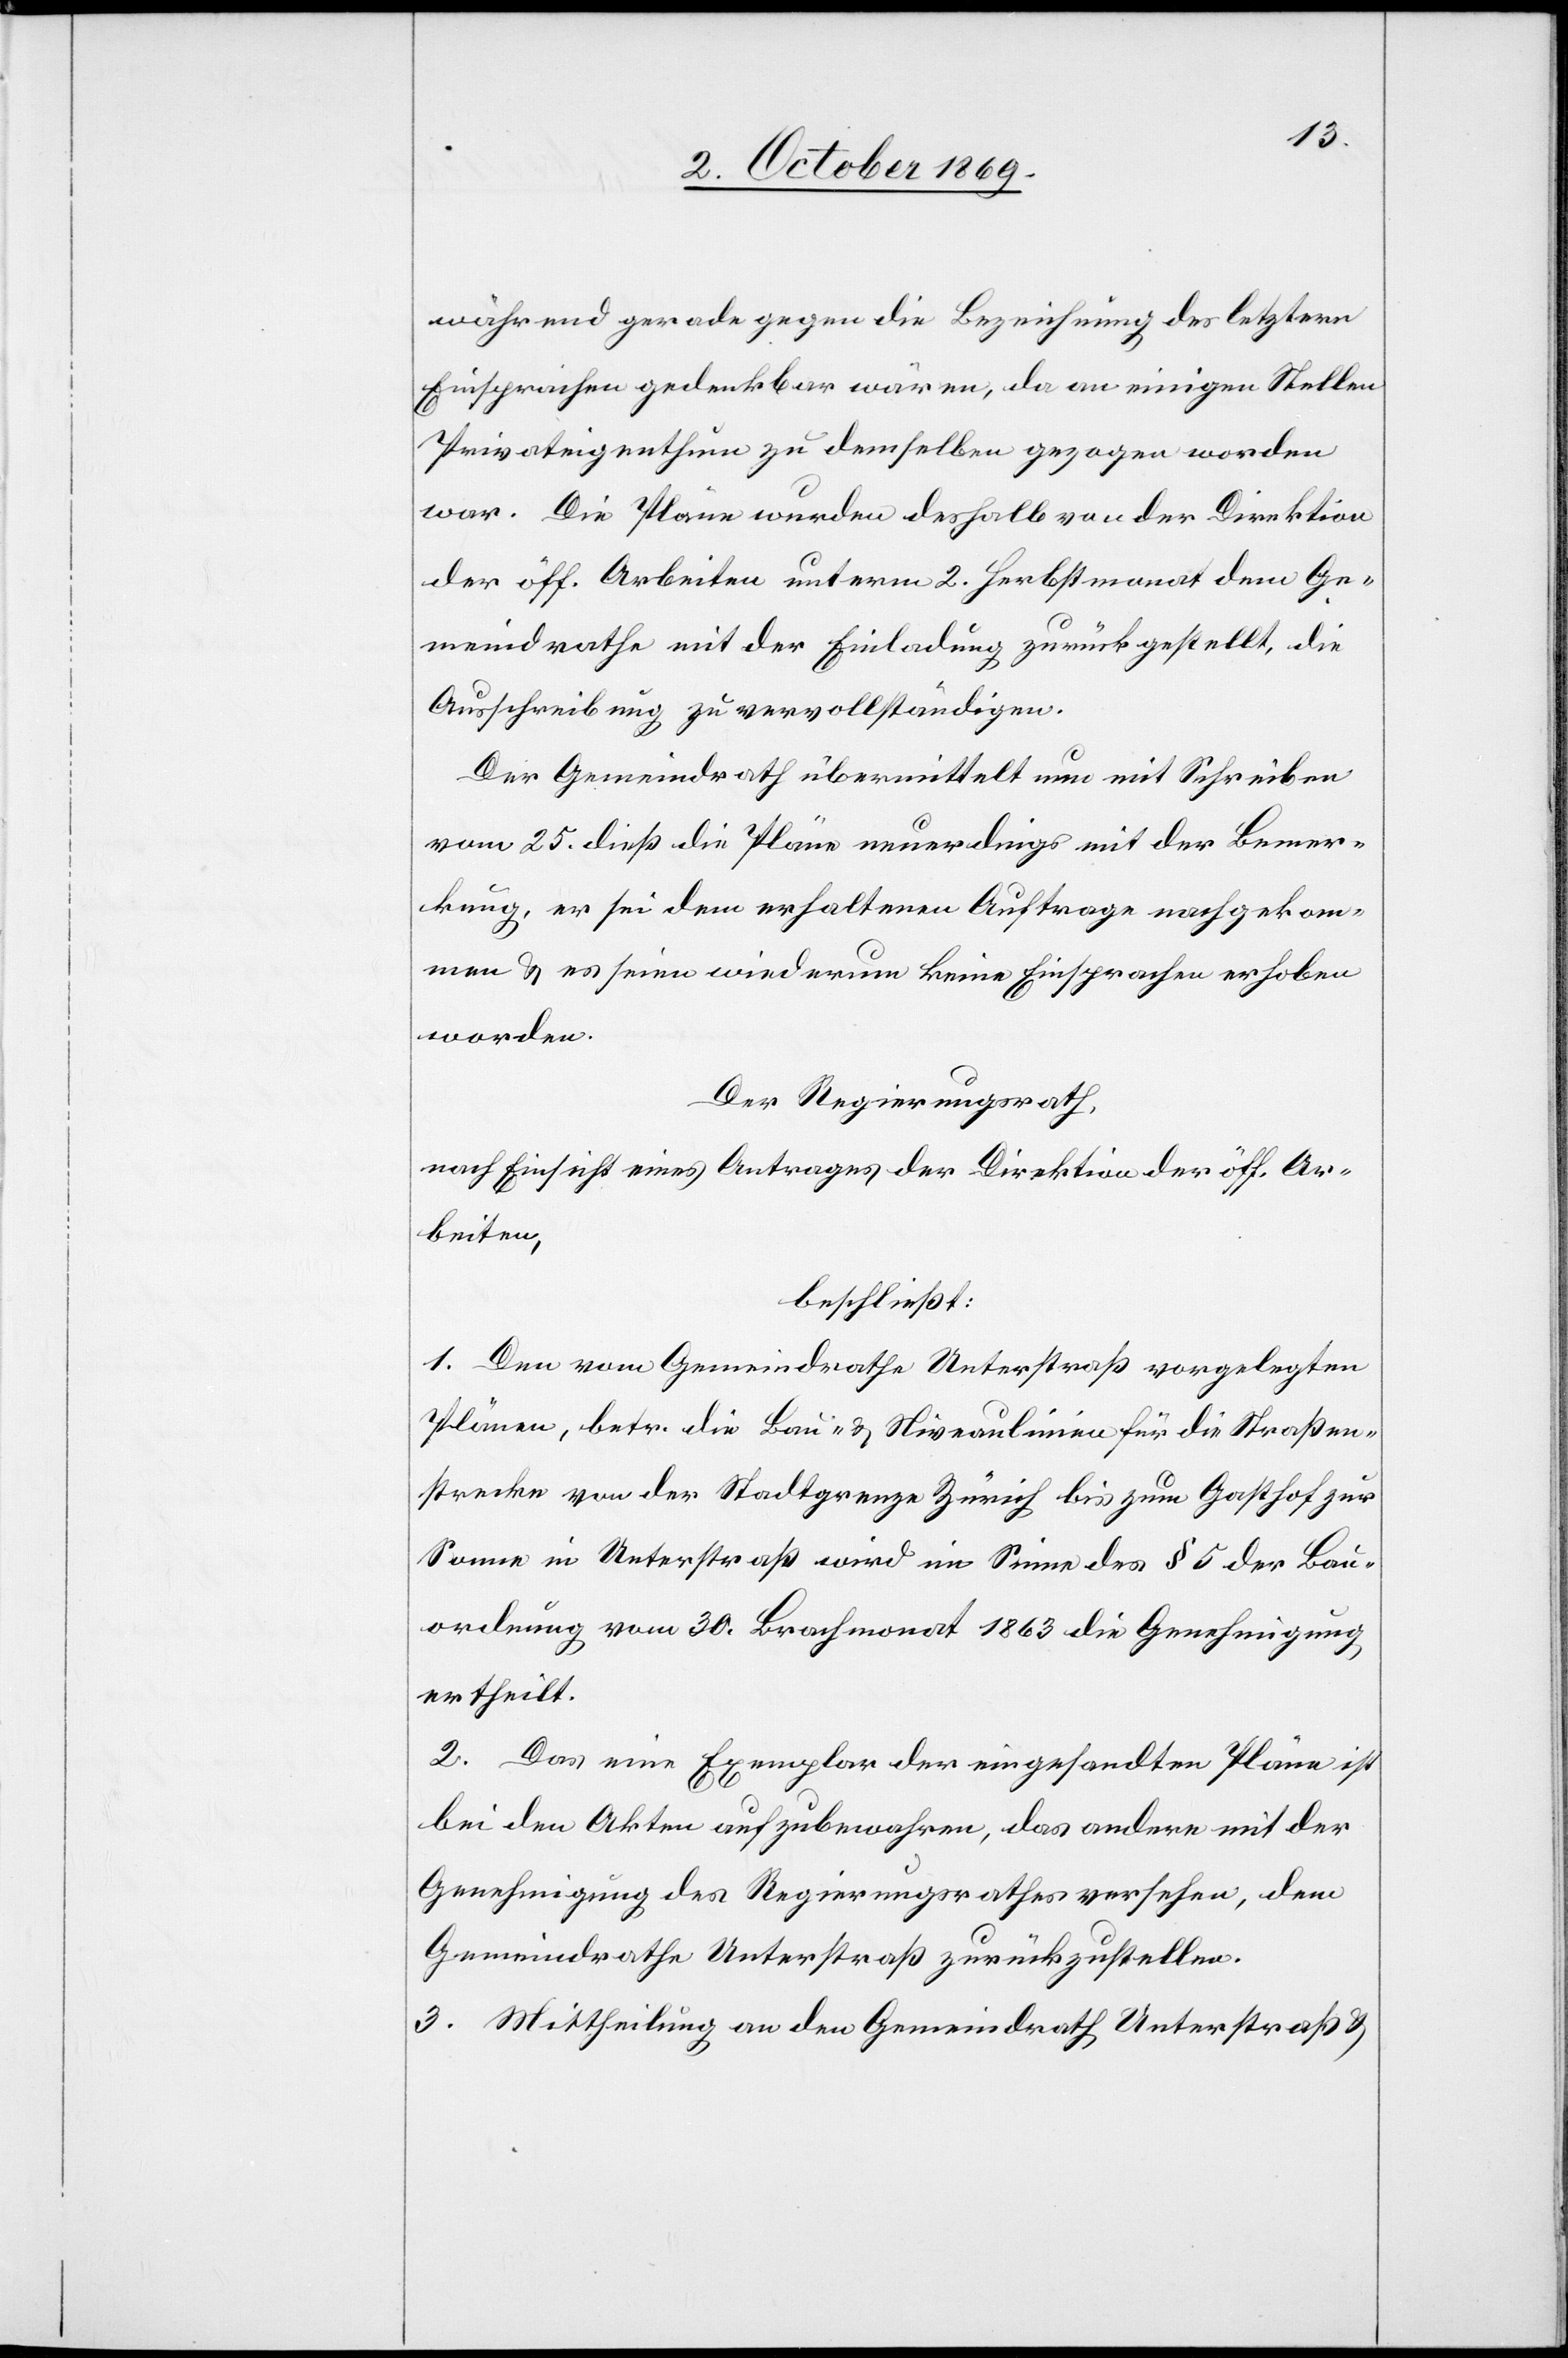
während gerade gegen die Bezeichnung des letztern
Einsprachen gedenkbar wären, da an einigen Stellen
Privateigenthum zu demselben gezogen worden
war. Die Pläne wurden deshalb von der Direktion
der öff. Arbeiten unterm 2. Herbstmonat dem Ge¬
meindrathe mit der Einladung zurückgestellt, die
Ausschreibung zu vervollständigen.
Der Gemeindrath übermittelt nun mit Schreiben
vom 25. dieß die Pläne neuerdings mit der Bemer¬
kung, er sei dem erhaltenen Auftrage nachgekom¬
men & es seien wiederum keine Einsprachen erhoben
worden.
Der Regierungsrath,
nach Einsicht eines Antrages der Direktion der öff. Ar¬
beiten,
beschließt:
1. Den vom Gemeindrathe Unterstraß vorgelegten
Plänen, betr. die Bau- & Niveaulinien für die Straßen¬
strecke von der Stadtgrenze Zürich bis zum Gasthof zur
Sonne in Unterstraß wird im Sinne des § 5 der Bau¬
ordnung vom 30. Brachmonat 1863 die Genehmigung
ertheilt.
2. Das eine Exemplar der eingesandten Pläne ist
bei den Akten aufzubewahren, das andere mit der
Genehmigung des Regierungsrathes versehen, dem
Gemeindrathe Unterstraß zurückzustellen.
3. Mittheilung an den Gemeindrath Unterstraß &